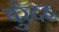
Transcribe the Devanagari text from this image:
बुरैदह